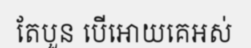
តែបួន បើអោយគេអស់